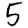
Digit: 5